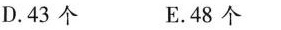
D.43个 E.48个